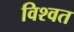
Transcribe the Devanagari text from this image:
विश्‍वत